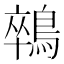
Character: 𪁽